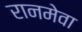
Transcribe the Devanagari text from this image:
रानमेवा